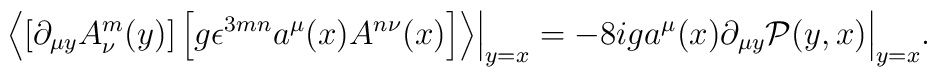
\left\langle     \left[    \partial_{\mu y} A^m_\nu (y)     \right]    \left[    g \epsilon^{3mn} a^\mu (x)    A^{n \nu}(x)    \right]  \right\rangle \Bigr |_{y=x}  =   - 8 i g a^\mu(x) \partial_{\mu y} \mathcal P (y,x) \Bigr |_{y=x} .